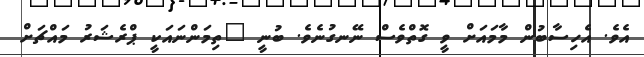
އެވެ. އެހިސާބުން މާމައަށް ވީ ގޮތްވެސް ނޭނގުނެވެ. ބުނީ "ތިމަންނައަކީ ޕްރެޝަރު މައްޗަށް